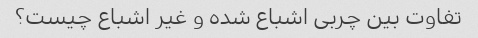
تفاوت بین چربی اشباع شده و غیر اشباع چیست؟